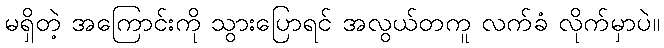
မရှိတဲ့ အကြောင်းကို သွားပြောရင် အလွယ်တကူ လက်ခံ လိုက်မှာပဲ။